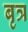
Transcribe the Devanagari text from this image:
बृत्र